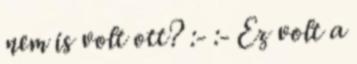
nem is volt ott? :- :- Ez volt a